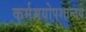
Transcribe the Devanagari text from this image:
कर्ममयोपशान्तये